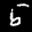
Label: 5